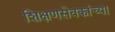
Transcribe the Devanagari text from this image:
शिक्षणसेवकांच्या